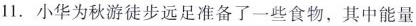
11.小华为秋游徒步远足准备了一些食物，其中能量